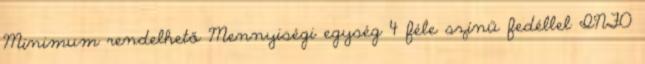
Minimum rendelhető Mennyiségi egység 4 féle színű fedéllel INFO